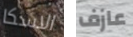
الاسكا عازف